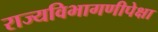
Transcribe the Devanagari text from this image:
राज्यविभागणीपेक्षा